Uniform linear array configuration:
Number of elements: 12
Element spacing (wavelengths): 0.75
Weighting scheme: hamming
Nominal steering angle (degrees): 45
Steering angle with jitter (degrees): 43.08
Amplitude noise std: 0.05
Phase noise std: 0.05

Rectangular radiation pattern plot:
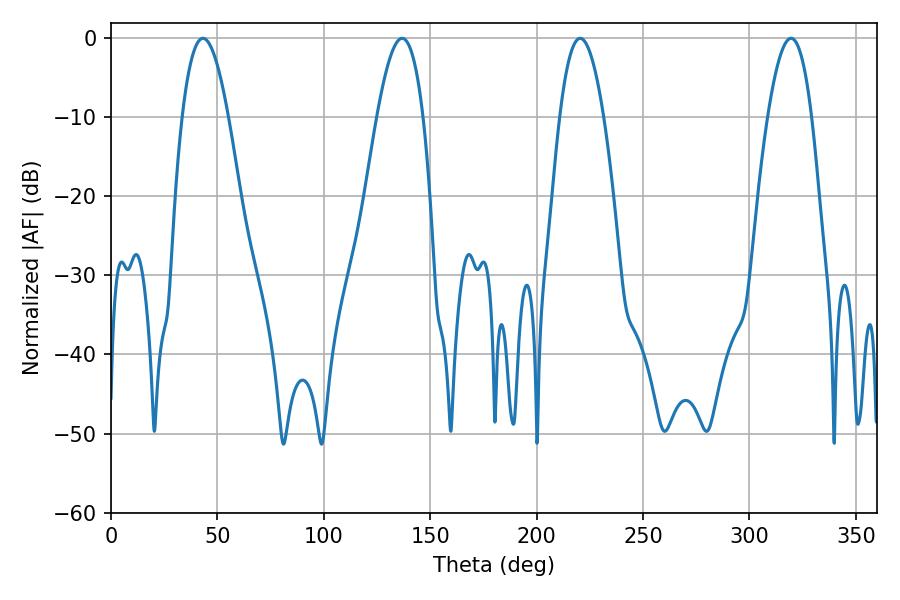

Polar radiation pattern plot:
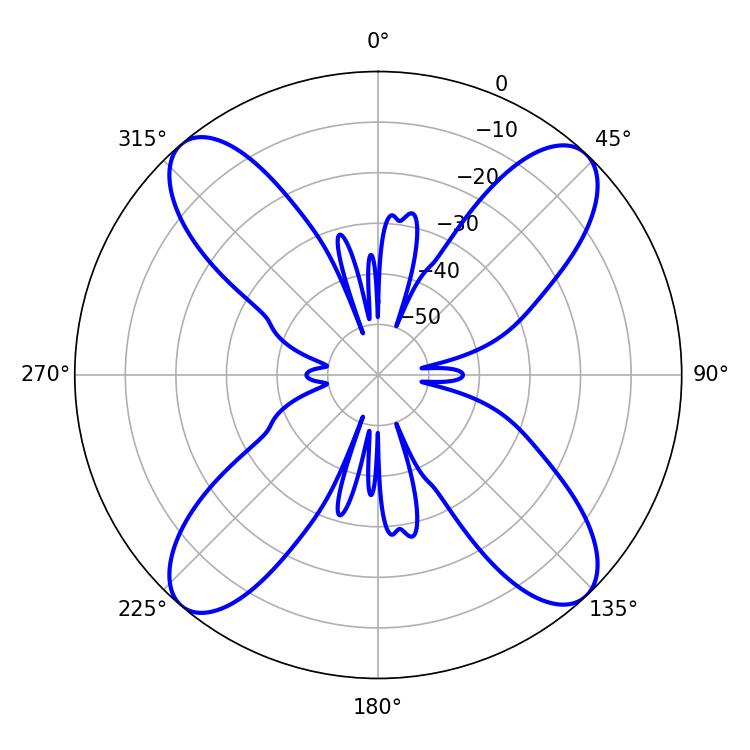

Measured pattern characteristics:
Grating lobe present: TRUE
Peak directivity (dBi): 18.039
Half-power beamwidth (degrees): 11.88
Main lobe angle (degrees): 43.2